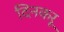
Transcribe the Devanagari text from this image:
दिनकरू